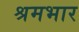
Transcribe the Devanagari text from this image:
श्रमभार